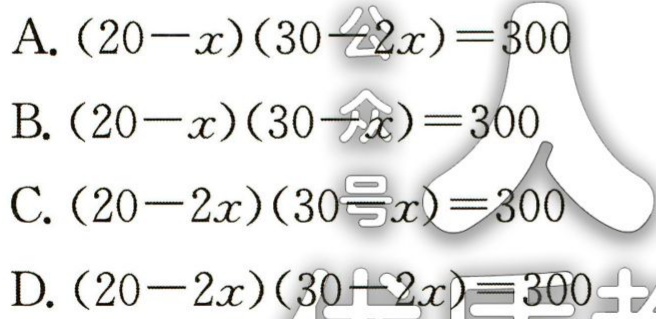
A. \((20 - x)(30 - 2x)=300\)
B. \((20 - x)(30 - x)=300\)
C. \((20 - 2x)(30 - x)=300\)
D. \((20 - 2x)(30 - 2x)=300\)